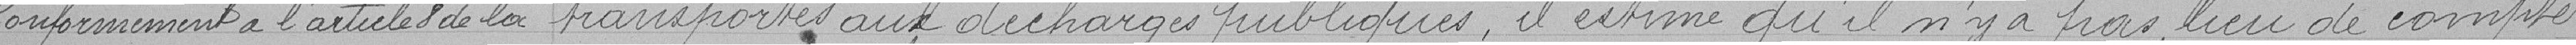
Conformément a l'article de la transportés aux décharges publiques, il estime qu'il n'y a pas lieu de compter